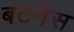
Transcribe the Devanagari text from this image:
बटनेस